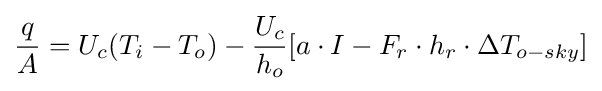
{\frac {q}{A}}=U_{c}(T_{i}-T_{o})-{\frac {U_{c}}{h_{o}}}{[a\cdot I-F_{r}\cdot h_{r}\cdot \Delta T_{o-sky}]}